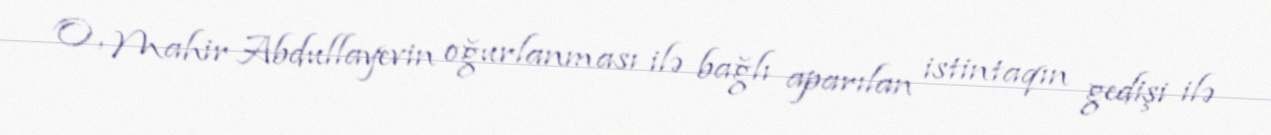
O, Mahir Abdullayevin oğurlanması ilə bağlı aparılan istintaqın gedişi ilə